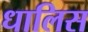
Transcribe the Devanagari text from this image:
धालिस